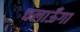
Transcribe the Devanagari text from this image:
चलाऊँगा